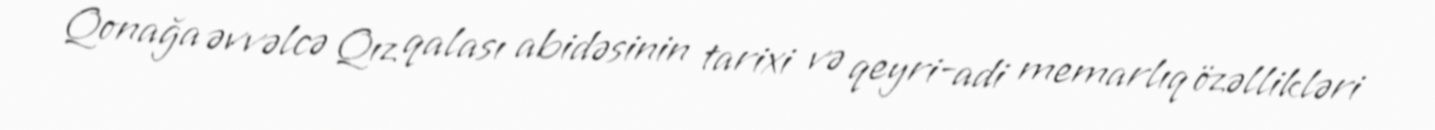
Qonağa əvvəlcə Qız qalası abidəsinin tarixi və qeyri-adi memarlıq özəllikləri